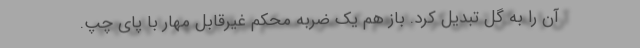
آن را به گل تبدیل کرد. باز هم یک ضربه محکم غیرقابل مهار با پای چپ.